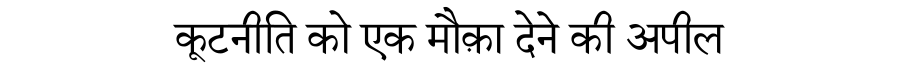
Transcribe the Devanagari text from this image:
कूटनीति को एक मौक़ा देने की अपील